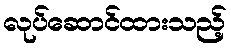
လုပ်ဆောင်ထားသည့်